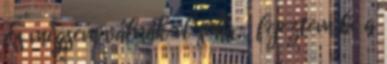
És mégsem válnak el soha – fejeztem be a